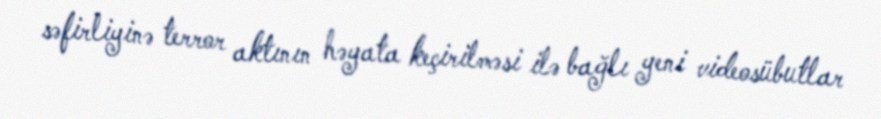
səfirliyinə terror aktının həyata keçirilməsi ilə bağlı yeni videosübutlar